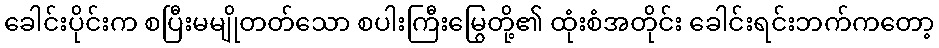
ခေါင်းပိုင်းက စပြီးမမျိုတတ်သော စပါးကြီးမြွေတို့၏ ထုံးစံအတိုင်း ခေါင်းရင်းဘက်ကတော့